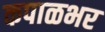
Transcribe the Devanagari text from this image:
कपाळभर